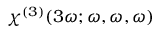
\boldsymbol \chi ^ { ( 3 ) } ( 3 \omega ; \omega , \omega , \omega )